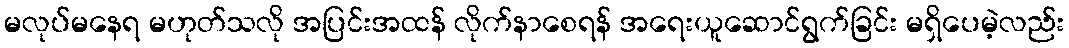
မလုပ်မနေရ မဟုတ်သလို အပြင်းအထန် လိုက်နာစေရန် အရေးယူဆောင်ရွက်ခြင်း မရှိပေမဲ့လည်း